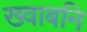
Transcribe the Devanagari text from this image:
ख्वाबनि